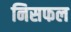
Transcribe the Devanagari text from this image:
निसफल